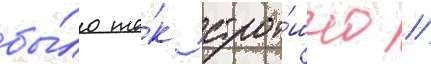
бы́ло та́к стра́шно //